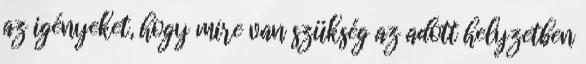
az igényeket, hogy mire van szükség az adott helyzetben